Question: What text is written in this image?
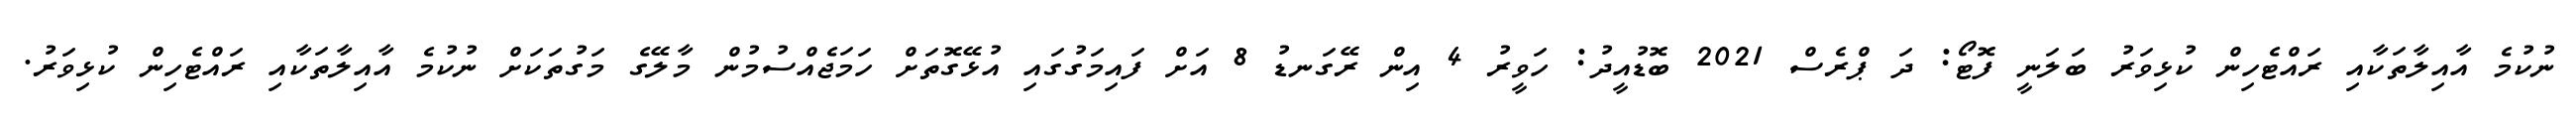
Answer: ނުކުމެ އާއިލާތަކާއި ރައްޓެހިން ކުޅިވަރު ބަލަނީ ފޮޓޯ: ދަ ޕްރެސް 2021 ބޮޑުއީދު: ހަވީރު 4 އިން ރޭގަނޑު 8 އަށް ފައިމަގުގައި އުޅޭގޮތަށް ހަމަޖެއްސުމުން މާލޭގެ މަގުތަކަށް ނުކުމެ އާއިލާތަކާއި ރައްޓެހިން ކުޅިވަރު.